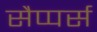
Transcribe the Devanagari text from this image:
सैप्पर्स